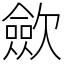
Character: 歛